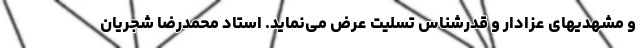
و مشهدیهای عزادار و قدرشناس تسلیت عرض می‌نماید. استاد محمدرضا شجریان